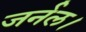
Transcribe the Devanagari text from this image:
जर्नल।